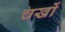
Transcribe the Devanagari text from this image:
चखों